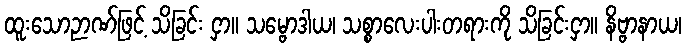
ထူးသောဉာဏ်ဖြင့် သိခြင်း ငှာ။ သမ္ဗောဒါယ၊ သစ္စာလေးပါးတရားကို သိခြင်းငှာ။ နိဗ္ဗာနာယ၊